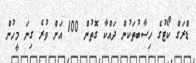
ޑްރަގް ކޯޓުގެ ހިސާބުތަކުން ދައްކާ ގޮތުން 100 އަށް ވުރެ ގިނަ މީހުން